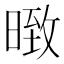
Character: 𭧇